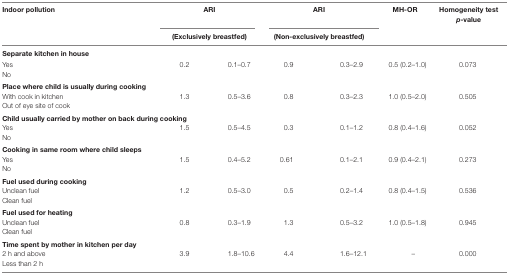
| <ROWSPAN=2> Indoor pollution | <COLSPAN=2> ARI | <COLSPAN=2> ARI | <ROWSPAN=2> MH-OR | <ROWSPAN=2> Homogeneity test p-value |
 | <COLSPAN=2> (Exclusively breastfed) | <COLSPAN=2> (Non-exclusively breastfed) |
 | --- | --- | --- | --- | --- | --- | --- |
 | <COLSPAN=7> Separate kitchen in house |
 | Yes | 0.2 | 0.1–0.7 | 0.9 | 0.3–2.9 | 0.5 (0.2–1.0) | 0.073 |
 | No |  |  |  |  |  |  |
 | <COLSPAN=7> Place where child is usually during cooking |
 | With cook in kitchen | 1.3 | 0.5–3.6 | 0.8 | 0.3–2.3 | 1.0 (0.5–2.0) | 0.505 |
 | <COLSPAN=2> Out of eye site of cook |  |  |  |  |  |
 | <COLSPAN=7> Child usually carried by mother on back during cooking |
 | Yes | 1.5 | 0.5–4.5 | 0.3 | 0.1–1.2 | 0.8 (0.4–1.6) | 0.052 |
 | <COLSPAN=2> No |  |  |  |  |  |
 | <COLSPAN=7> Cooking in same room where child sleeps |
 | Yes | 1.5 | 0.4–5.2 | 0.61 | 0.1–2.1 | 0.9 (0.4–2.1) | 0.273 |
 | No |  |  |  |  |  |  |
 | <COLSPAN=7> Fuel used during cooking |
 | Unclean fuel | 1.2 | 0.5–3.0 | 0.5 | 0.2–1.4 | 0.8 (0.4–1.5) | 0.536 |
 | <COLSPAN=2> Clean fuel |  |  |  |  |  |
 | <COLSPAN=7> Fuel used for heating |
 | Unclean fuel | 0.8 | 0.3–1.9 | 1.3 | 0.5–3.2 | 1.0 (0.5–1.8) | 0.945 |
 | <COLSPAN=2> Clean fuel |  |  |  |  |  |
 | <COLSPAN=7> Time spent by mother in kitchen per day |
 | 2 h and above | 3.9 | 1.8–10.6 | 4.4 | 1.6–12.1 | – | 0.000 |
 | <COLSPAN=2> Less than 2 h |  |  |  |  |  |